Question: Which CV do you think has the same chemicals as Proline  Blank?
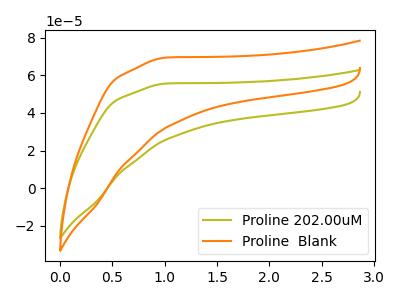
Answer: <think>The olive curve "Proline 202.00uM" has no peaks. The orange curve "Proline  Blank" has no peaks.
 Neither "Proline 202.00uM" or "Proline  Blank" have any peaks.</think>
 <answer>The CV with the most similar shape to "Proline 202.00uM" is "Proline  Blank".</answer>
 <eval>"Proline  Blank"</eval>